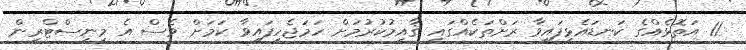
11 އަތޮޅެއްގެ ކަނޑައެޅިފައިވާ ރަށްތަކެއްގައި ޤާއިމުކުރުމަށް ހަމަޖެހިފައިވާ ކަމަށް ވެސް އެ މިނިސްޓްރީން